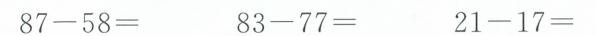
87-58 = 83-77= 21-17=